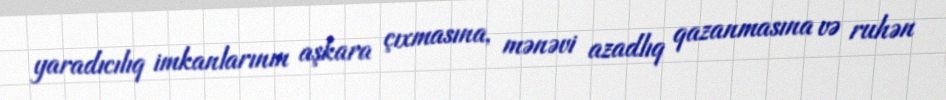
yaradıcılıq imkanlarının aşkara çıxmasına, mənəvi azadlıq qazanmasına və ruhən